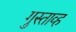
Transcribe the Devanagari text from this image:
गुस्ताव्ह